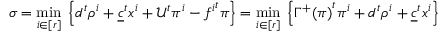
\sigma = \underset { i \in [ r ] } { \operatorname* { m i n } } \; \left\lbrace d ^ { t } \rho ^ { i } + \underline { { c } } ^ { t } x ^ { i } + \mathcal { U } ^ { t } \pi ^ { i } - { f ^ { i } } ^ { t } \pi \right\rbrace = \underset { i \in [ r ] } { \operatorname* { m i n } } \; \left\lbrace { \Gamma ^ { + } ( \pi ) } ^ { t } \pi ^ { i } + d ^ { t } \rho ^ { i } + \underline { { c } } ^ { t } x ^ { i } \right\rbrace